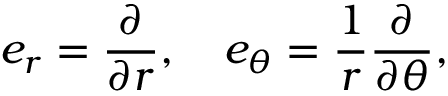
e _ { r } = { \frac { \partial } { \partial r } } , \quad e _ { \theta } = { \frac { 1 } { r } } { \frac { \partial } { \partial \theta } } ,